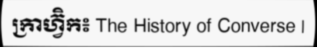
ក្រាហ្វ៊ិក៖ The History of Converse |